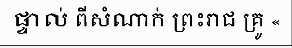
ផ្ទាល់ ពីសំណាក់ ព្រះរាជ គ្រូ «